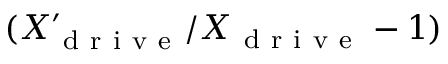
( X _ { \mathrm { ~ d ~ r ~ i ~ v ~ e ~ } } ^ { \prime } / X _ { \mathrm { ~ d ~ r ~ i ~ v ~ e ~ } } - 1 )